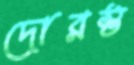
দোরস্ত